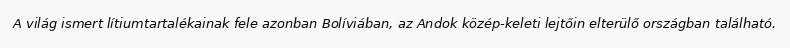
A világ ismert lítiumtartalékainak fele azonban Bolíviában, az Andok közép-keleti lejtőin elterülő országban található.